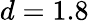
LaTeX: d=1.8